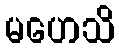
မဟေသိ